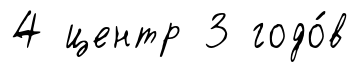
4 центр 3 годо́в